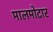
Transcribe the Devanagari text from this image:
मालमोटार